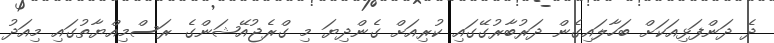
ދެ ދަންފަޅިއަކަށް ބަހާލައިގެން ދަރުބާރުގޭގައި ކުރިއަށް ގެންދިޔަ މި ގްރެޖުއޭޝަންގެ ރަސްމިއްޔާތުގައި މިއަދު